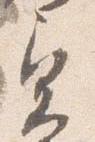
奥